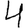
Digit: 4